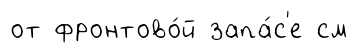
от фронтово́й запа́с'е см